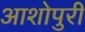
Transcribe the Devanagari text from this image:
आशोपुरी